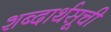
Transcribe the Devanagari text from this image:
शब्दार्थसूची